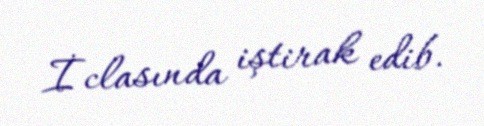
İclasında iştirak edib.